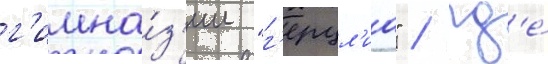
г'имна́з'ии "г'ерцл'иа" / гд'е́